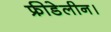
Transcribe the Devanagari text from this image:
फ्रीडेलीन।